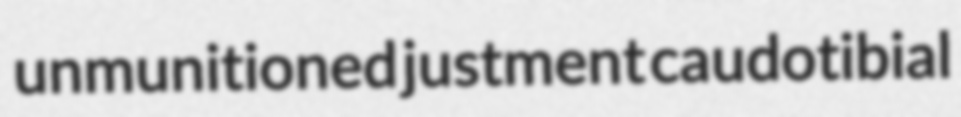
unmunitioned justment caudotibial